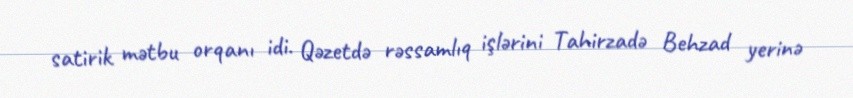
satirik mətbu orqanı idi. Qəzetdə rəssamlıq işlərini Tahirzadə Behzad yerinə